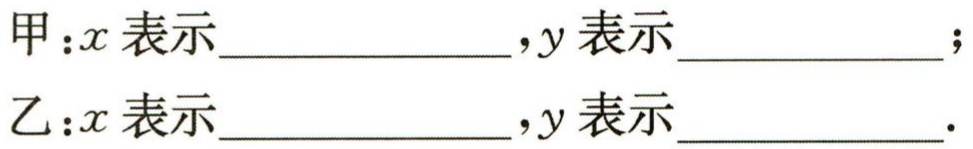
甲：\(x\)表示  ，\(y\)表示  ；

乙：\(x\)表示  ，\(y\)表示  .